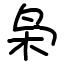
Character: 枭